Vaccine operations Central Provinces & Berar 1912-1920 - 1912-1920
Year: 1912
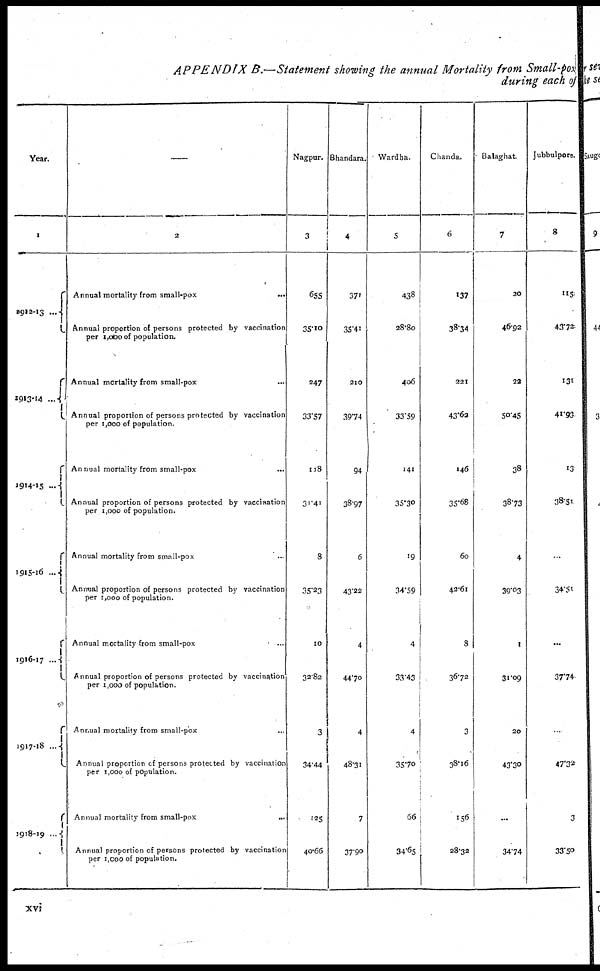
APPENDIX B.—Statement showing the annual Mortality from Small-pox
during each of
Year.
1
1912-13 ....
1914-15 ...
1914-15
1915-16 ...
1916-17 ...
1917-18...
1918-19...
2
Annual mortality from small-pox
...
Annual proportion of persons protected by vaccination
per 1,000 of population.
Annual mortality from small-pox ...
Annual proportion of persons protected by vaccination
per 1,000 of population.
Annual mortality from small-pox ...
Annual proportion of persons protected by vaccination
per 1,000 of population.
Annual mortality from small-pox ...
Annual proportion of persons protected by vaccination
per 1,000 of population.
Annual mortality from small-pox ...
Annual proportion of persons protected by vaccination
per 1,000 of population.
Annual mortality from small-pox ...
Annual proportion of persons protected by vaccination
per 1,000 of population.
Annual mortality from small-pox
...
Annual proportion of persons protected by vaccination
per 1,000 of population.
Nagpur.
3
655
35.10
247
33.57
118
31.41
8
35.23
10
32.82
3
34.44
125
40.66
Bhandara.
4
371
35.41
210
39.74
94
38.97
6
43.22
4
44.70
4
48.31
7
37.90
Wardha.
5
438
28.80
406
33.59
141
35.30
19
34.59
4
33.43
4
35.70
66
34.65
Chanda.
6
137
38.34
221
43.62
146
35.68
60
42.61
8
36.72
3
38.16
156
28.32
Balaghat.
7
20
46.92
22
50.45
38
38.73
4
39.03
1
31.09
20
43.30
...
34.74
Jubbulpore.
8
115
43.72
131
41.93
13
38.51
...
34.51
...
37.74
...
47.32
3
33.50
xvi